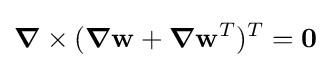
{\boldsymbol {\nabla }}\times ({\boldsymbol {\nabla }}\mathbf {w} +{\boldsymbol {\nabla }}\mathbf {w} ^{T})^{T}={\boldsymbol {0}}